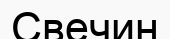
Свечин